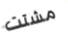
مشتت